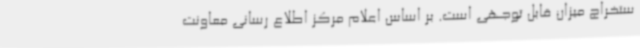
ستخراج میزان قابل توجهی است. بر اساس اعلام مرکز اطلاع رسانی معاونت